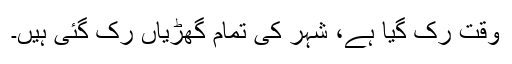
وقت رک گیا ہے، شہر کی تمام گھڑیاں رک گئی ہیں۔